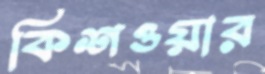
কিশওয়ার